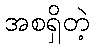
အစရှိတဲ့